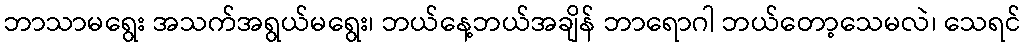
ဘာသာမရွေး အသက်အရွယ်မရွေး၊ ဘယ်နေ့ဘယ်အချိန် ဘာရောဂါ ဘယ်တော့သေမလဲ၊ သေရင်